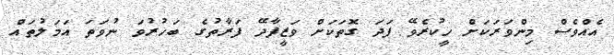
އެއްވެސް މިންވަރަކަށް ހީކުރެވޭ ފަދަ ގޮތަކަށް ވަޒީފާދޭ ފަރާތުގެ ބަހުރުވަ ނުވަތަ އަމަލުތައް